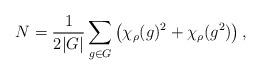
LaTeX: \begin{align*} N=\frac{1}{2|G|}\sum_{g\in G}\left(\chi_{\rho}(g)^2+\chi_{\rho}(g^2)\right),\end{align*}